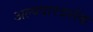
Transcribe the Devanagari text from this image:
अल्पपारदर्शक